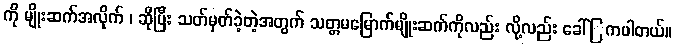
ကို မျိုးဆက်အလိုက် ၊ ဆိုပြီး သတ်မှတ်ခဲ့တဲ့အတွက် သတ္တမမြောက်မျိုးဆက်ကိုလည်း လို့လည်း ခေါ်ြကပါတယ်။